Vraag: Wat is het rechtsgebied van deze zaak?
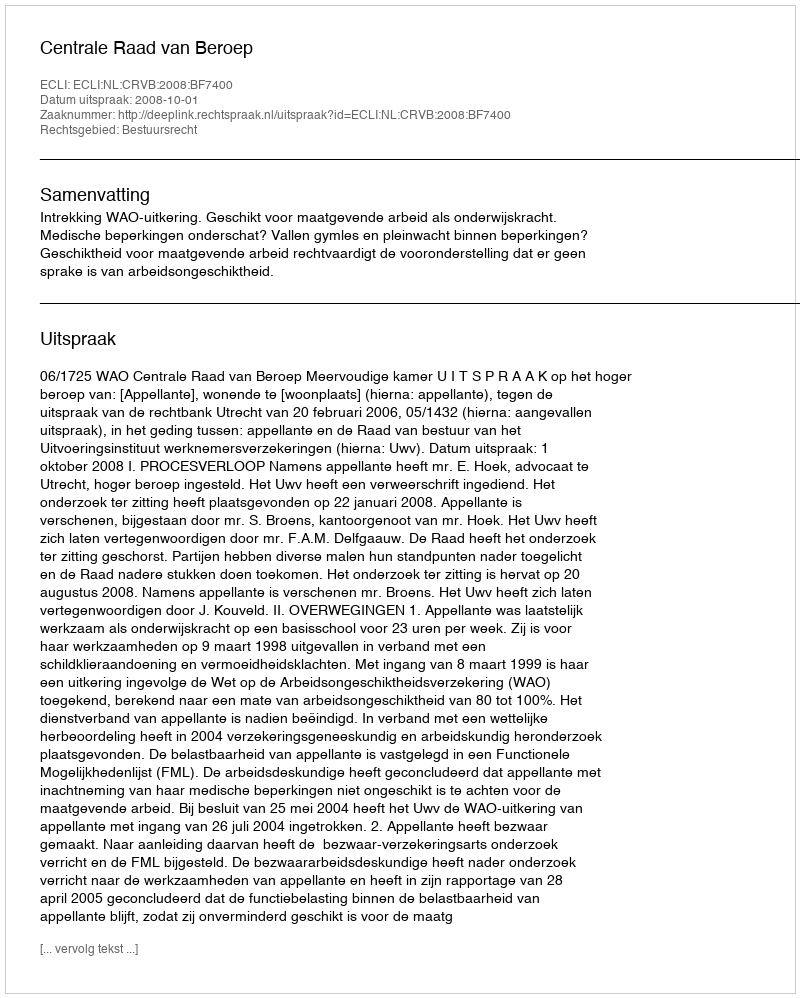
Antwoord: Bestuursrecht